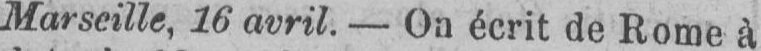
Marseille, 16 avril. - On écrit de Rome à